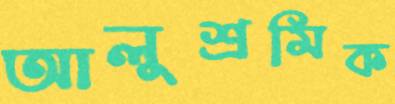
আলুশ্রমিক